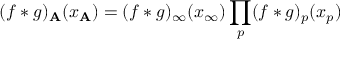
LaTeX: ( f \ast g ) _ { \bf A } ( x _ { \bf A } ) = ( f \ast g ) _ { \infty } ( x _ { \infty } ) \prod _ { p } ( f \ast g ) _ { p } ( x _ { p } )